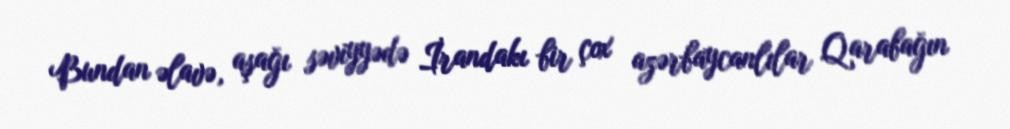
Bundan əlavə, aşağı səviyyədə İrandakı bir çox azərbaycanlılar Qarabağın